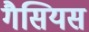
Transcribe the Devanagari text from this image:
गैसियस